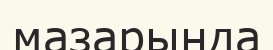
мазарында